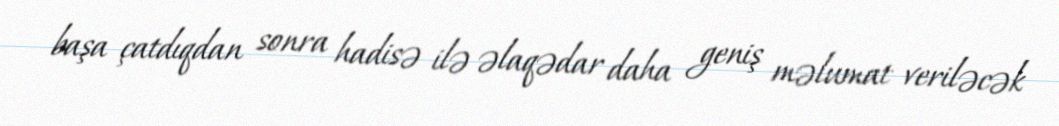
başa çatdıqdan sonra hadisə ilə əlaqədar daha geniş məlumat veriləcək